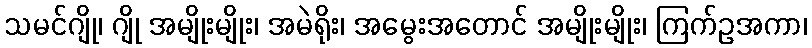
သမင်ဂျို၊ ဂျို အမျိုးမျိုး၊ အမဲရိုး၊ အမွေးအတောင် အမျိုးမျိုး၊ ကြက်ဥအကာ၊